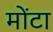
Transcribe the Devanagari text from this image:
मोंटा